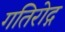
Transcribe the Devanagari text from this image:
गतिरोद्ग